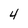
Character: 4